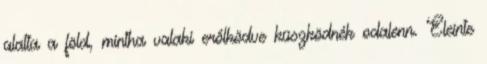
alatta a föld, mintha valaki erőlködve küszködnék odalenn. Eleinte